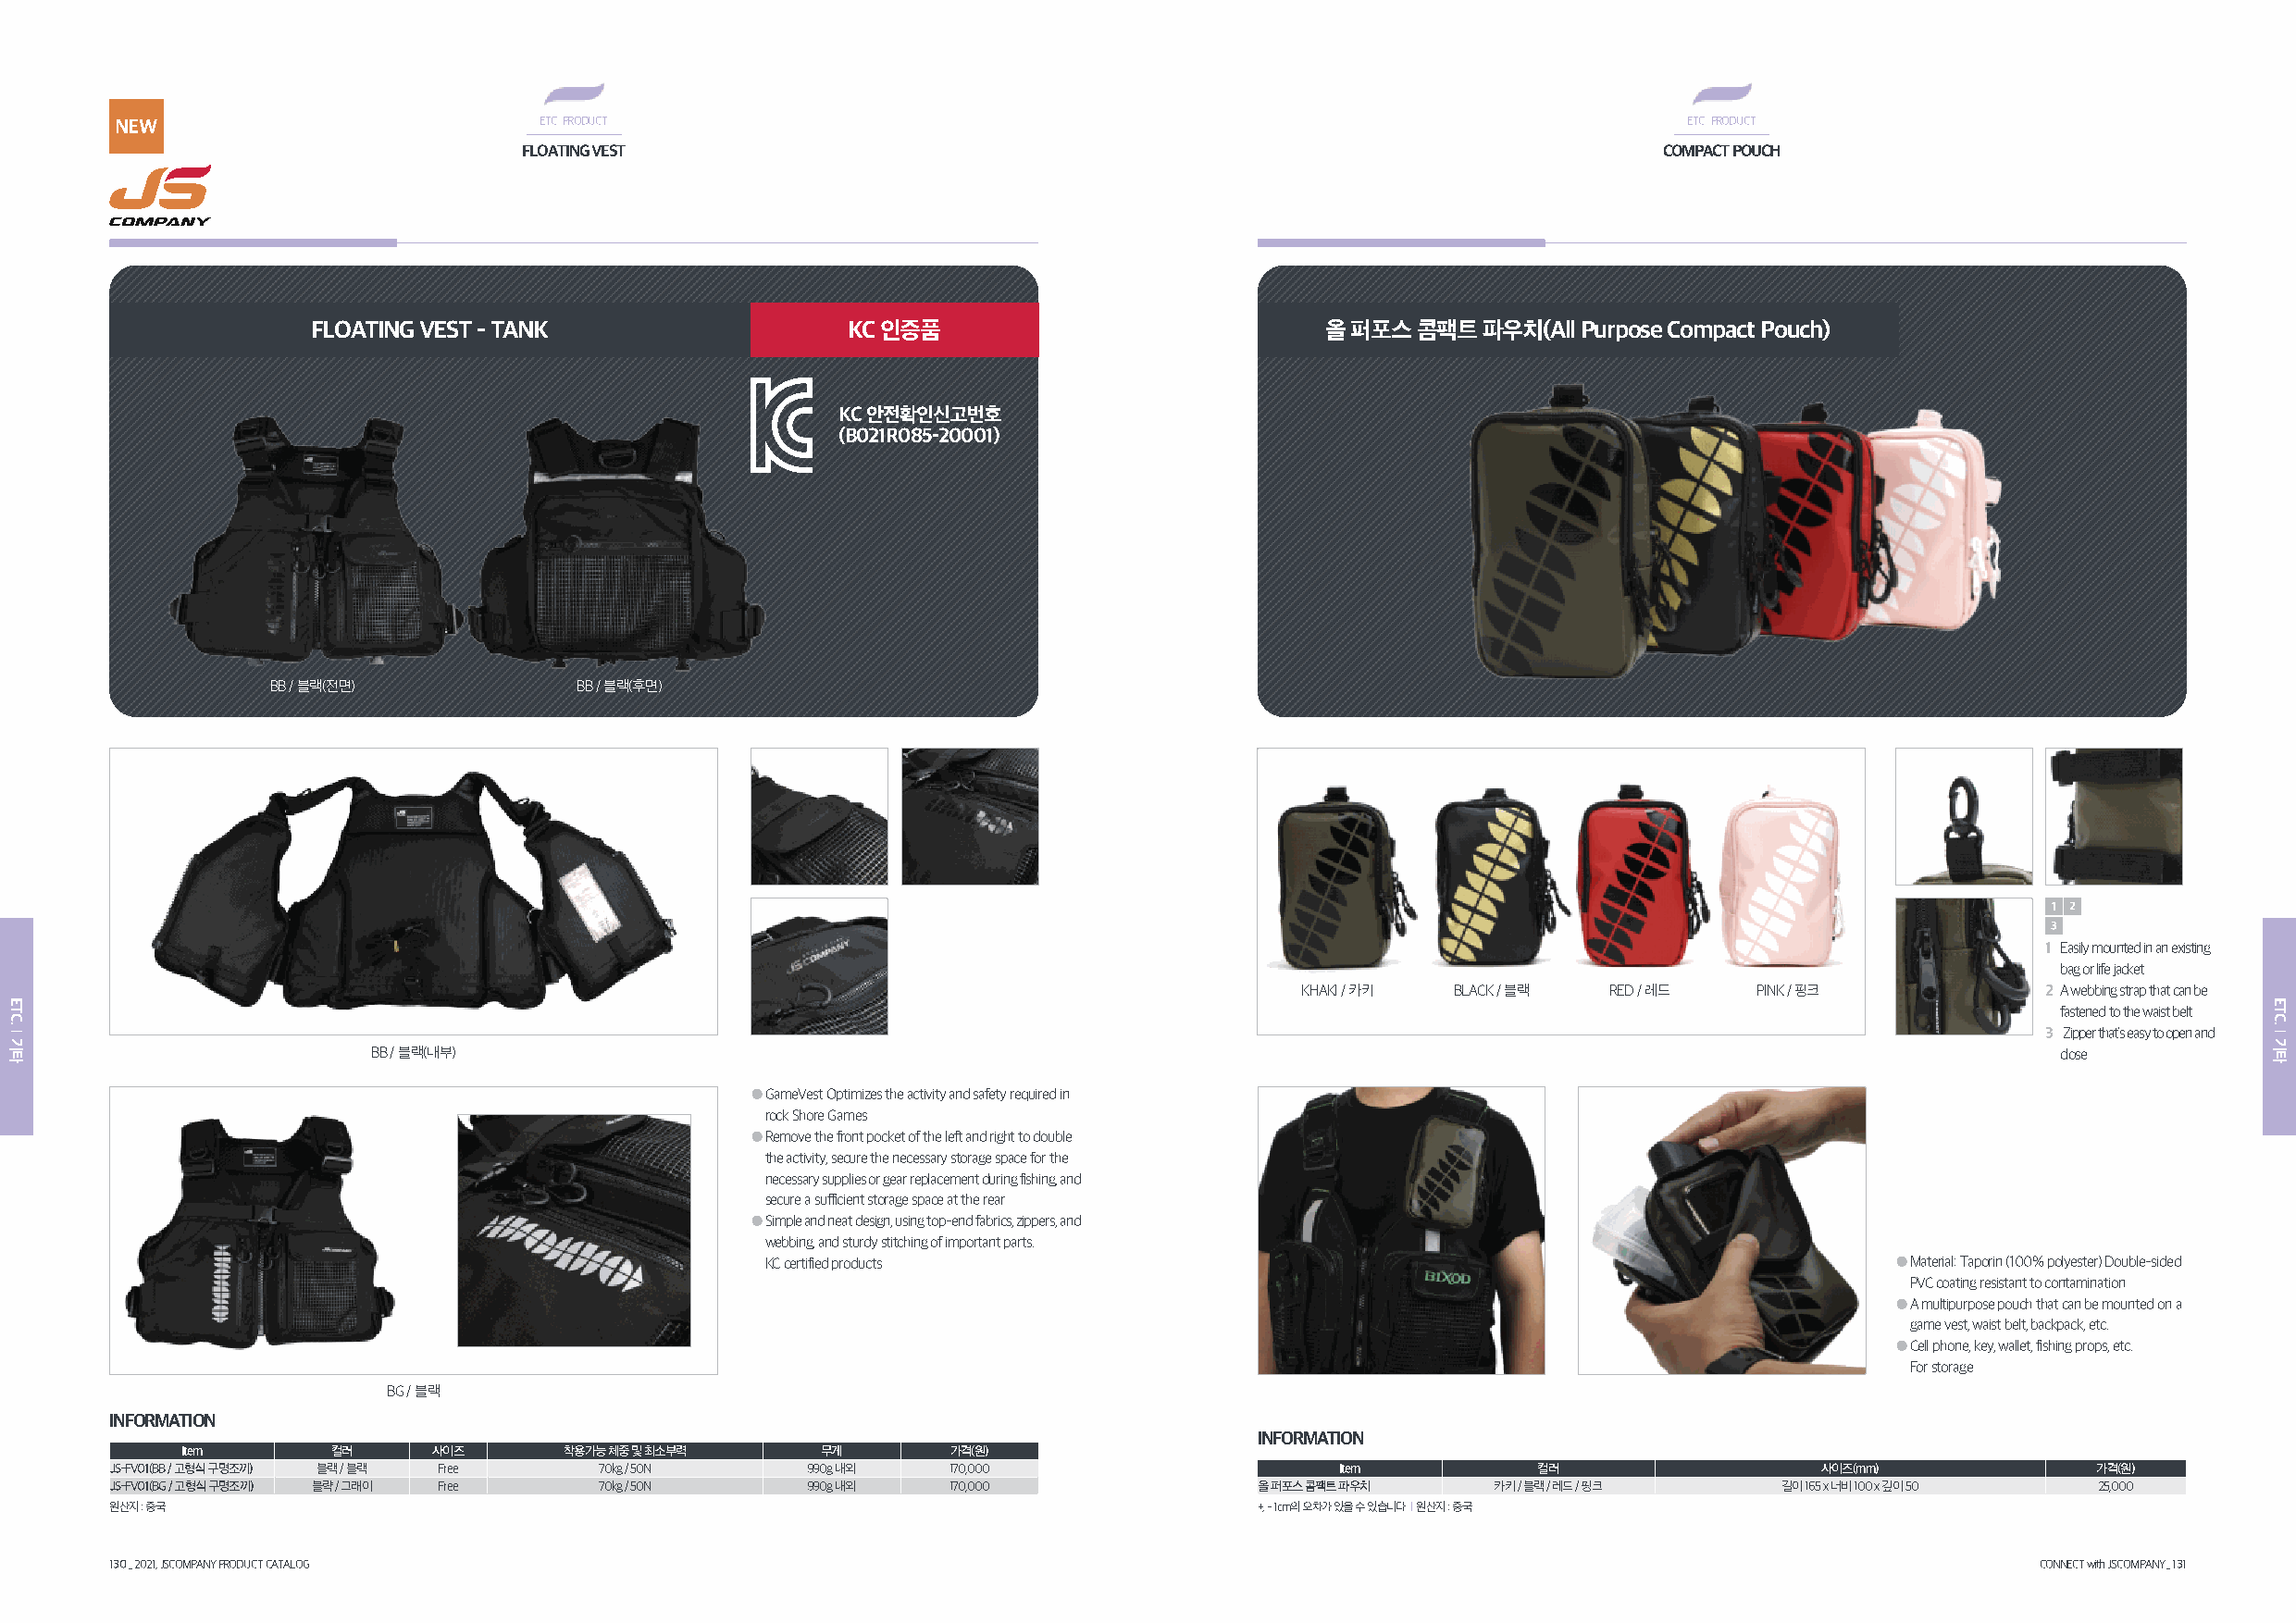
NEW                            ETC.. PRODUCT                                                                     ETC.. PRODUCT
 FLOATING vEsT                                                                     COMPACT POuCh
 FLOATING vEsT - TANK                   KC 인증품                            올 퍼포스 콤팩트  파우치(All Purpose Compact Pouch)
 KC 안전확인신고번호
 (B021R085-20001)
 BB / 블랙(전면)           BB / 블랙(후면)
 1 2
 3
 1 Easily mounted in an existing
 bag or life jacket
 KHAKI / 카키 BLACK / 블랙 RED / 레드   PINK / 핑크           2 A webbing strap that can be
 fastened to the waist belt
 3 Zipper that's easy to open and
 BB / 블랙(내부)                                                                                                             close
 ●GameVest Optimizes the activity and safety required in
 rock Shore Games
 ●Remove the front pocket of the left and right to double
 the activity, secure the necessary storage space for the
 necessary supplies or gear replacement during fishing, and
 secure a sufficient storage space at the rear
 ●Simple and neat design, using top-end fabrics, zippers, and
 webbing, and sturdy stitching of important parts.
 KC certified products                                                            ●Material: Taporin (100% polyester) Double-sided
 PVC coating resistant to contamination
 ●A multipurpose pouch that can be mounted on a
 game vest, waist belt, backpack, etc.
 ●Cell phone, key, wallet, fishing props, etc.
 For storage
 BG / 블랙
 INFORMATION
 INFORMATION
 Item       컬러     사이즈      착용가능 체중 및 최소부력     무게       가격(원)
 jS-FV01(BB / 고형식 구명조끼) 블랙 / 블랙 Free 70kg / 50N    990g 내외   170,000                     Item          컬러                  사이즈(mm)             가격(원)
 jS-FV01(BG / 고형식 구명조끼) 블략 / 그래이 Free 70kg / 50N   990g 내외   170,000               올 퍼포스 콤팩트 파우치    카키 / 블랙 / 레드 / 핑크   길이 165 x 너비 100 x 깊이 50 25,000
 원산지 : 중국                                                                          +, - 1cm의 오차가 있을 수 있습니다 l 원산지 : 중국
 130 _ 2021, JSCOMPANY PRODUCT CATALOG                                                                                                     CONNECT with JSCOMPANY _ 131
 ETC.
 l
 기타
 ETC.
 l
 기타